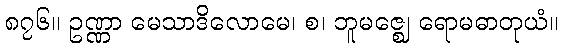
၈၇၆။ ဥဏ္ဏာ မေသာဒိလောမေ၊ စ၊ ဘူမဇ္ဈေ ရောမဓာတုယံ။